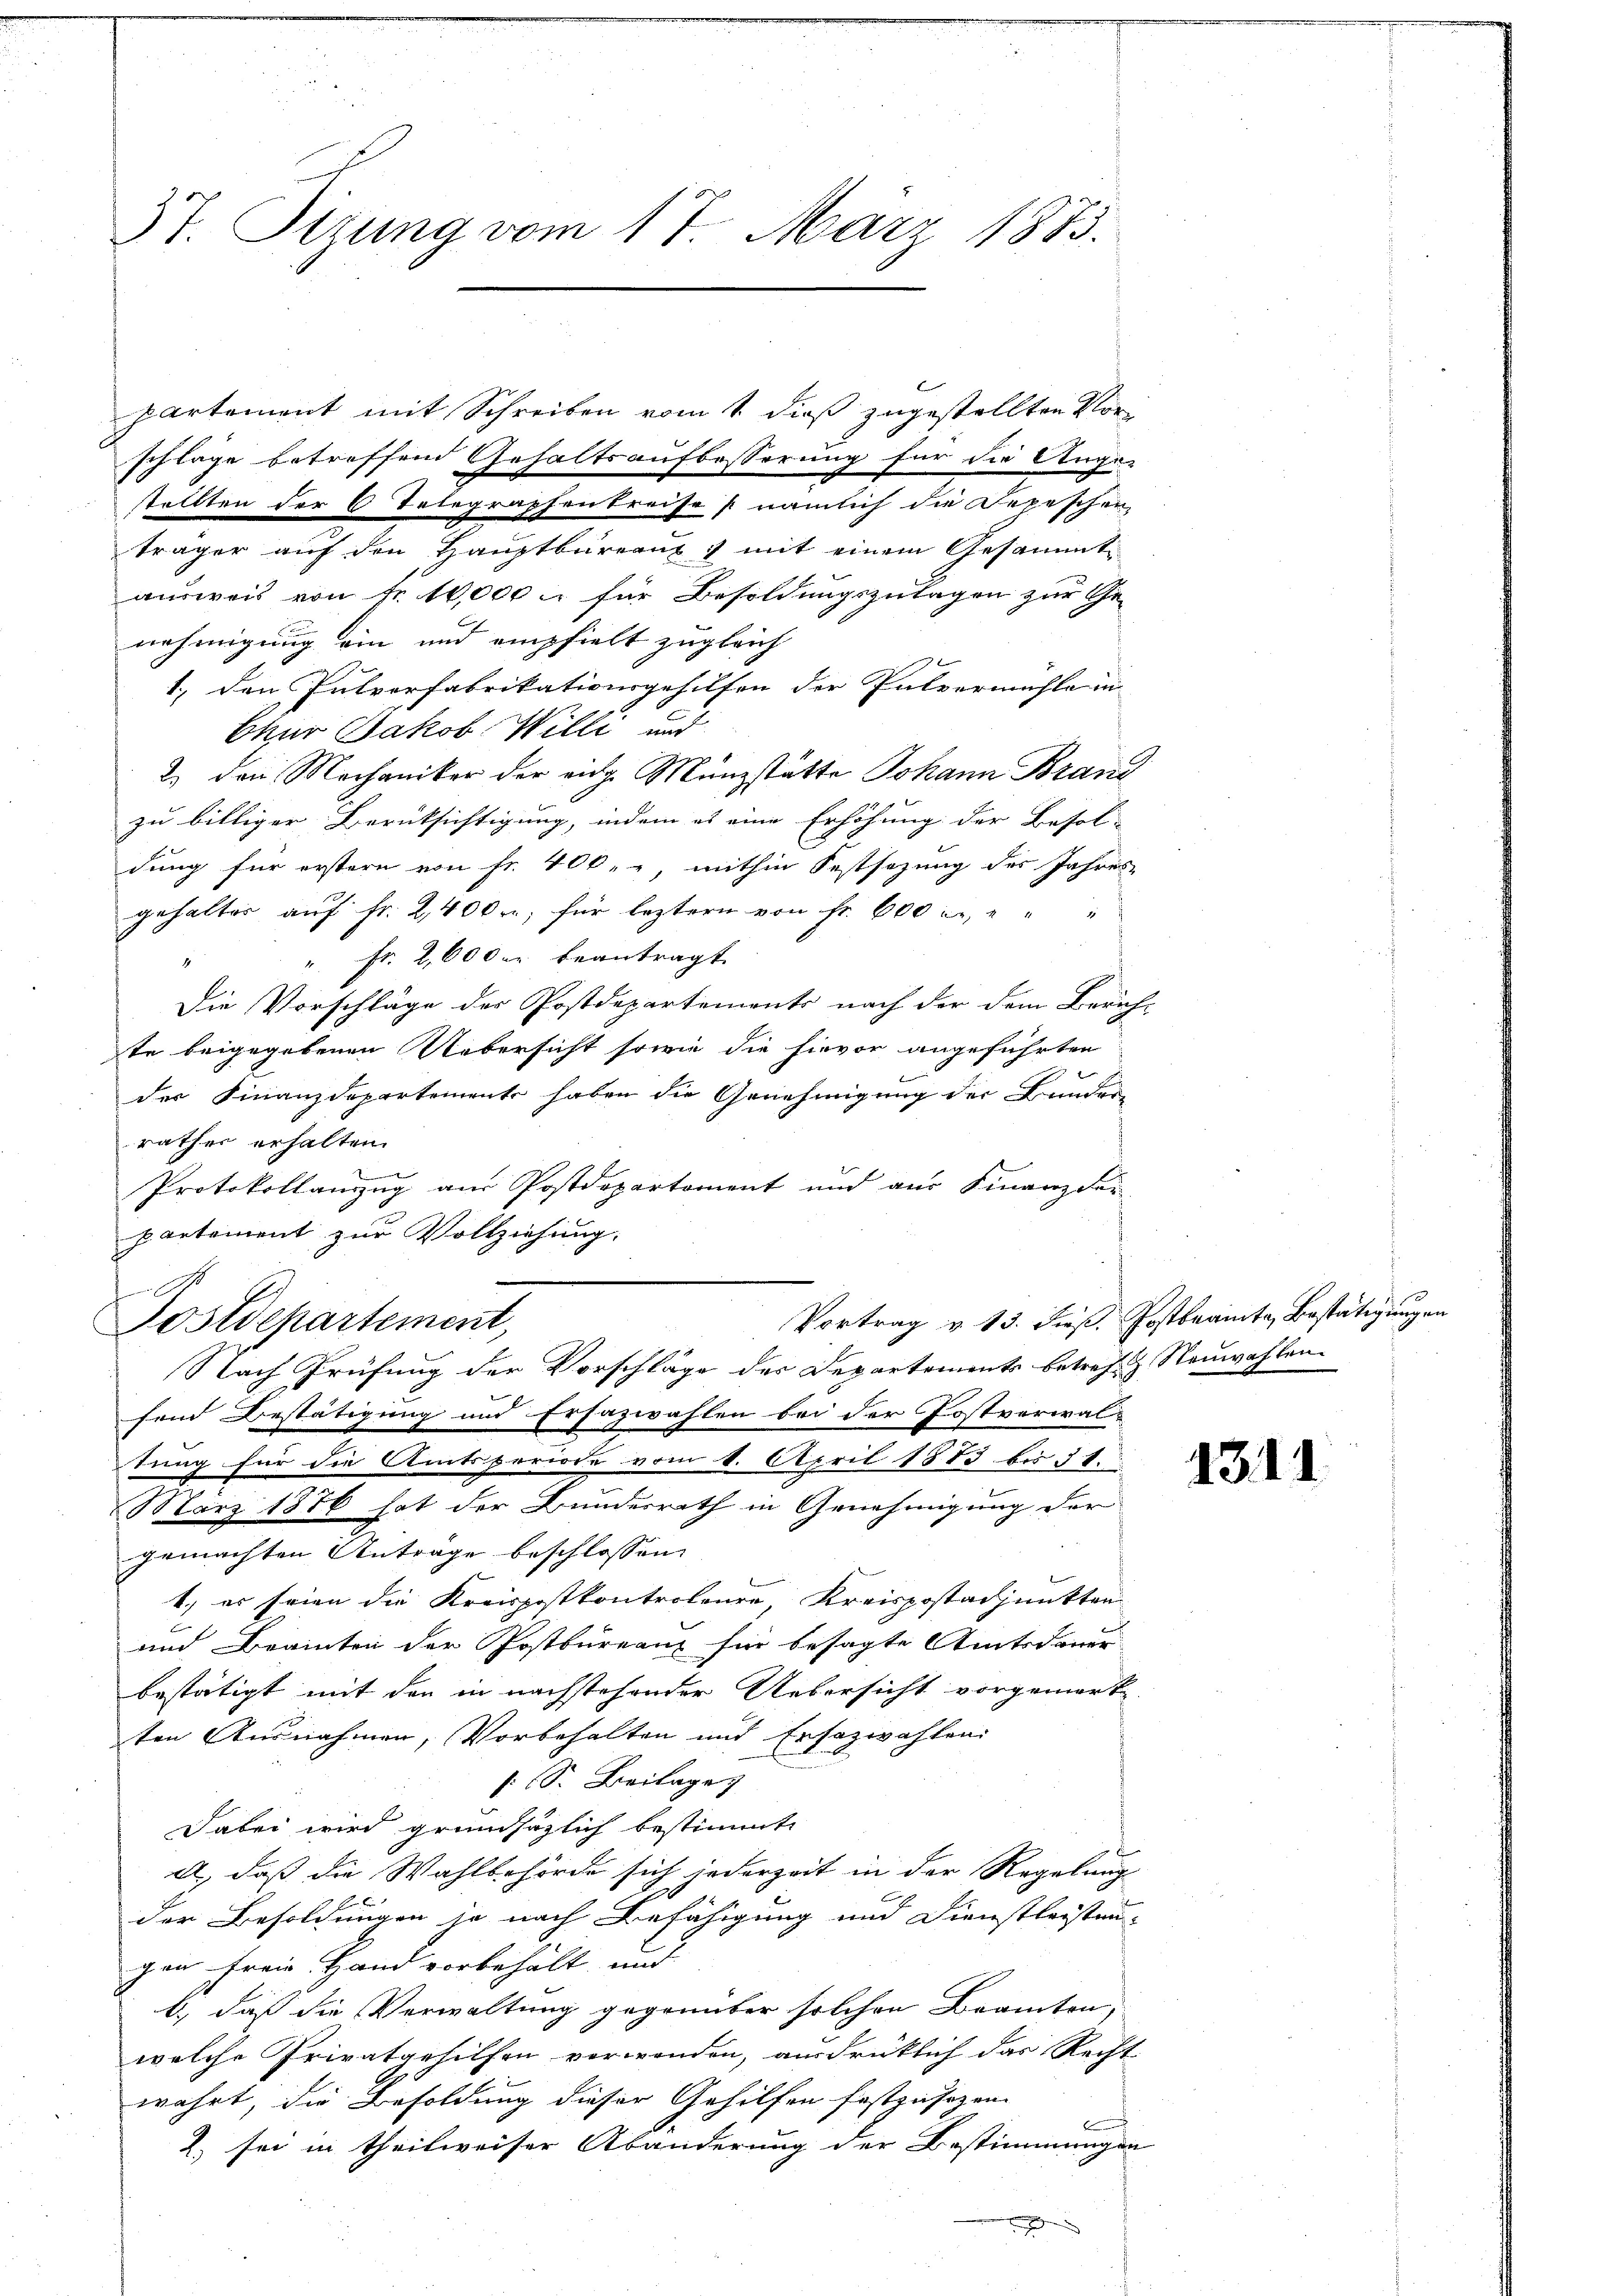
37. Sitzung vom 17. März 1873.

partement mit Schreiben vom 1. dieß zugestellten Vorschläge betreffend Gehaltsaufbesserung für die Ange-
stellten der 6 Telegraphenkreise nämlich die Depeschen
träger auf den Hauptbureaux ; mit einem Gesammtausweis von Nr. 10,000 l. für Besoldungszulagen zur Ge-
nehmigung ein und empfielt zugleich
1., den Pulvorfabrikationsgehilfen der Pulvermühle in
Ekur Jakob Willi und
2.) den Mechaniker der eidg. Münzstätte Johann Brand
zu billiger Berüksichtigung, indem es eine Erhöhung der Besol-
dung für erstern von Fr. 400.-, mithin Festsezung des Jahres
gehalter auf Fr. 2400. für leztern von Fr. 600 l., " " "
" Fr. 2,000 r. beantragt.
4
Die Vorschläge der Postdepartements nach der dem Zürich-
te beigegebenen Uebersicht sowie die hievor angeführten
der Finanzdepartements haben die Genehmigung der Bunder-
rathes erhalten.
x
Protokollanzug aus Postdepartement und aus Finanz der
partement zur Vollziehung.
Vortrag v. 13. dieß. Postbeamte Bestätigungen
Postdepartement,
Nach Prüfung der Vorschläge des Departements betref Neuwahlen.
fend Bestätigung und Erfazwahlen bei der Postverwal-
tung für die Amtsperiode vom 1. April 1883 bis 31.
März 1876 hat der Bundesrath in Genehmigung der
gemachten Antrage beschlossen
1., es seien die Kreispostkontroleure Kreispostadjunkten
und Berinten der Postbureaux für besagte Amtsdauer-
bestätigt mit den in nachstehender Uebersicht vorgemerk-
ten Ausnahmen, Vorbehalten und Ersazwahlen.
s: S. Beilage
Dabei wird grundsätzlich bestimmt
A., daß die Wahlbehörde sich jederzeit in der Regelung
der Besoldungen je nach Befähigung und Dienstleisten-
gen freie Hand vorbehält, und
b., daß die Verwaltung gegenüber solchen Beamten,
welche Privatgehilfen verwenden, ausdrücklich das Recht
wahrt, die Besoldung dieser Gehilfen festzusetzen.
b
2) sei in theilweiser Abänderung der Bestimmungen
x

1311